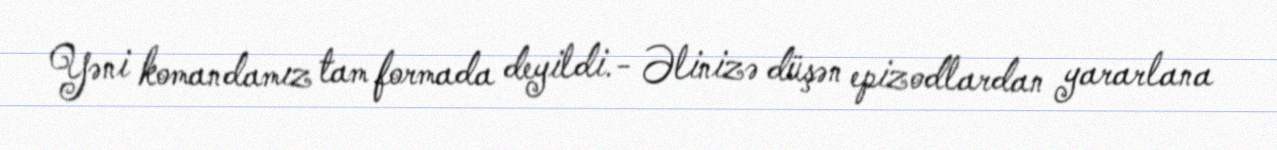
Yəni komandamız tam formada deyildi.- Əlinizə düşən epizodlardan yararlana